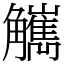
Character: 觽